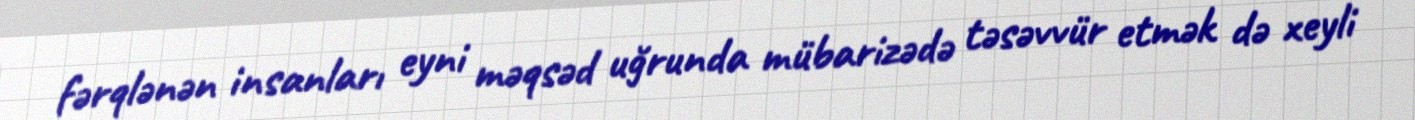
fərqlənən insanları eyni məqsəd uğrunda mübarizədə təsəvvür etmək də xeyli